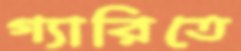
গ্যারিতে